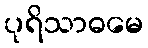
ပုရိသာဓမေ